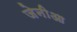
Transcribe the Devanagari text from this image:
जेनीआ